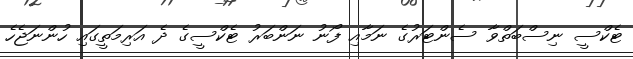
ޓެކްސީ ނިސްބަތްވާ ސެންޓަރުގެ ނަމާއި ފޯނު ނަންބަރު ޓެކްސީގެ ދެ އަރިމަތީގައި ހުންނަޖެހެ